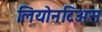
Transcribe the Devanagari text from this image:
लियोनटिअस